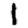
Digit: 1